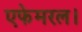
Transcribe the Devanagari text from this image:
एफेमरल।